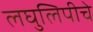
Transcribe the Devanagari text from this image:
लघुलिपीचे